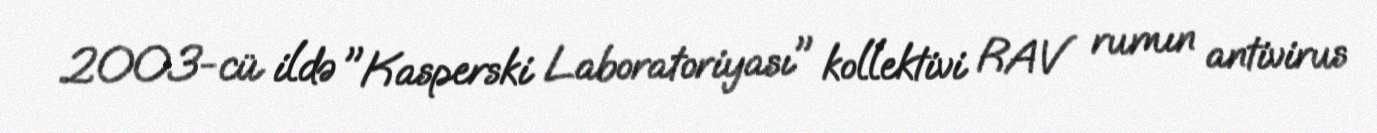
2003-cü ildə "Kasperski Laboratoriyası" kollektivi RAV rumın antivirus